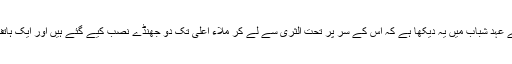
اس کے بعد شیخ حماد نے کہا کہ میں نے عبدالقادر کے عہد شباب میں یہ دیکھا ہے کہ اس کے سر پر تحت الثریٰ سے لے کر ملاء اعلیٰ تک دو جھنڈے نصب کیے گئے ہیں اور ایک ہاتف غیبی ببانگ دہل اس کی عظمت کا اظہار کررہا ہے۔